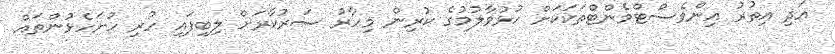
އަދި އިތުރު އިންވެސްޓްމެންޓްތަކަކަށް ހުޅުވާލުމުގެ ކުރިން މިހާރު ސަރުކާރަށް ލިބިފައި ހުރި ހުށަހެޅުންތައް